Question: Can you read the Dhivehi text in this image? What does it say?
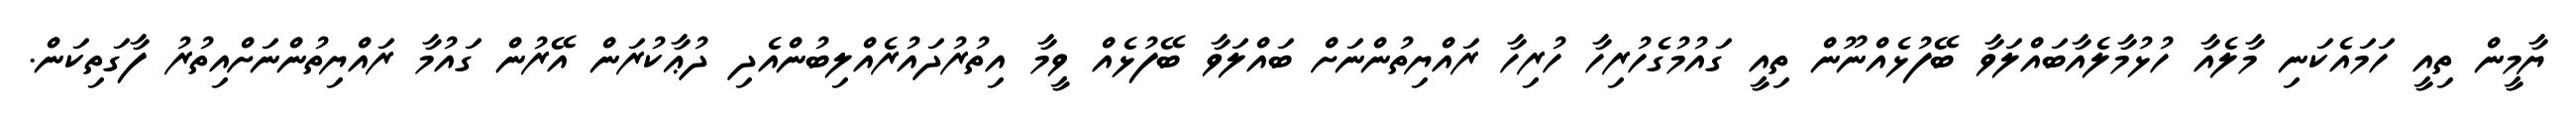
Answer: ޔާމީން ތިއީ ހަމައެކަނި މާލެއާ ހުޅުމާލެއާބައްލަވާ ބޭފުޅެއްނޫން ތިއީ ގައުމުގެހުރިހާ ހުރިހާ ރައްޔިތުންނަށް ބައްލަވާ ބޭފުޅެއް ވީމާ އިތުރުދައުރެއްލިބުންއެދި ދުޢާކުރަން އޭރުން ގައުމާ ރައްޔިތުންނަށްއިތުރު ފާގަތިކަން.